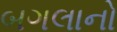
બગલાનો